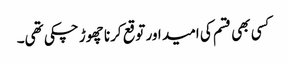
کسی بھی قسم کی امید اور توقع کرنا چھوڑ چکی تھی۔